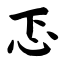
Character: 忑